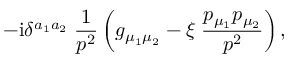
- \mathrm { i } \delta ^ { a _ { 1 } a _ { 2 } } \; \frac { 1 } { p ^ { 2 } } \left( g _ { \mu _ { 1 } \mu _ { 2 } } - \xi \; \frac { p _ { \mu _ { 1 } } p _ { \mu _ { 2 } } } { p ^ { 2 } } \right) ,